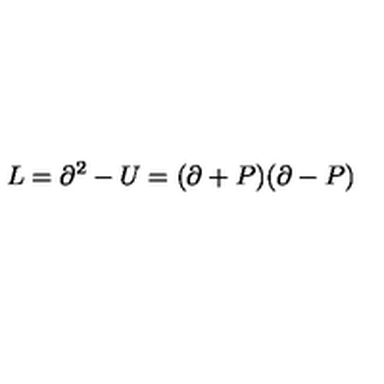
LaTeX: L = \partial ^ { 2 } - U = ( \partial + P ) ( \partial - P )